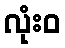
လုံးဝ